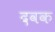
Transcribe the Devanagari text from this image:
दवक